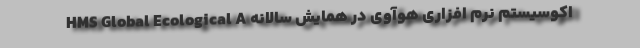
اکوسیستم نرم افزاری هوآوی در همایش سالانه HMS Global Ecological A